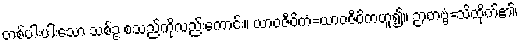
တစ်ပါးပါးသော သစ်ဥ စသည်ကိုလည်းကောင်း။ ယာဝဇီဝိကံ=ယာဝဇီဝိကဟူ၍။ ဉာတဗ္ဗံ=သိထိုက်၏၊